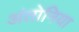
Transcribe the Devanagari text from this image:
अंतोनिया